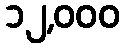
၁၂,၀၀၀